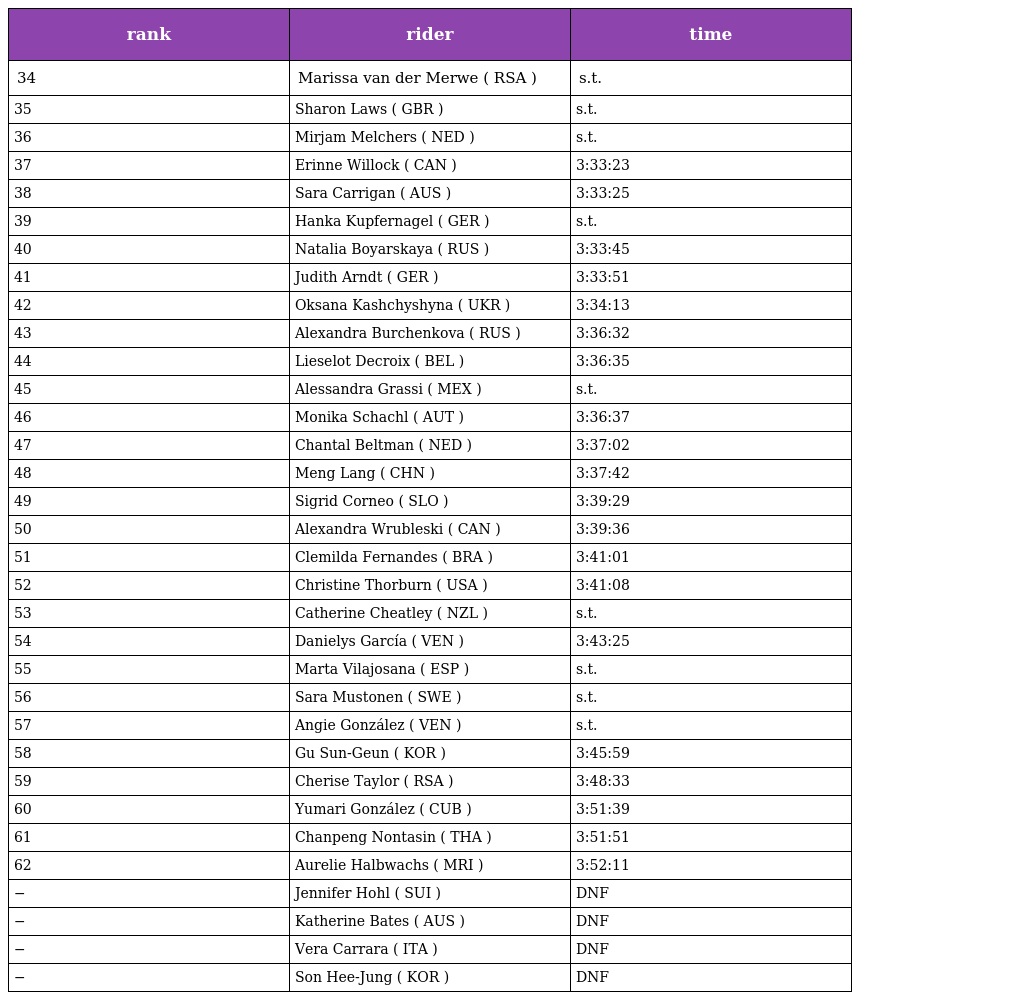
| rank | rider | time |
 | --- | --- | --- |
 | 34 | Marissa van der Merwe ( RSA ) | s.t. |
 | 35 | Sharon Laws ( GBR ) | s.t. |
 | 36 | Mirjam Melchers ( NED ) | s.t. |
 | 37 | Erinne Willock ( CAN ) | 3:33:23 |
 | 38 | Sara Carrigan ( AUS ) | 3:33:25 |
 | 39 | Hanka Kupfernagel ( GER ) | s.t. |
 | 40 | Natalia Boyarskaya ( RUS ) | 3:33:45 |
 | 41 | Judith Arndt ( GER ) | 3:33:51 |
 | 42 | Oksana Kashchyshyna ( UKR ) | 3:34:13 |
 | 43 | Alexandra Burchenkova ( RUS ) | 3:36:32 |
 | 44 | Lieselot Decroix ( BEL ) | 3:36:35 |
 | 45 | Alessandra Grassi ( MEX ) | s.t. |
 | 46 | Monika Schachl ( AUT ) | 3:36:37 |
 | 47 | Chantal Beltman ( NED ) | 3:37:02 |
 | 48 | Meng Lang ( CHN ) | 3:37:42 |
 | 49 | Sigrid Corneo ( SLO ) | 3:39:29 |
 | 50 | Alexandra Wrubleski ( CAN ) | 3:39:36 |
 | 51 | Clemilda Fernandes ( BRA ) | 3:41:01 |
 | 52 | Christine Thorburn ( USA ) | 3:41:08 |
 | 53 | Catherine Cheatley ( NZL ) | s.t. |
 | 54 | Danielys García ( VEN ) | 3:43:25 |
 | 55 | Marta Vilajosana ( ESP ) | s.t. |
 | 56 | Sara Mustonen ( SWE ) | s.t. |
 | 57 | Angie González ( VEN ) | s.t. |
 | 58 | Gu Sun-Geun ( KOR ) | 3:45:59 |
 | 59 | Cherise Taylor ( RSA ) | 3:48:33 |
 | 60 | Yumari González ( CUB ) | 3:51:39 |
 | 61 | Chanpeng Nontasin ( THA ) | 3:51:51 |
 | 62 | Aurelie Halbwachs ( MRI ) | 3:52:11 |
 | − | Jennifer Hohl ( SUI ) | DNF |
 | − | Katherine Bates ( AUS ) | DNF |
 | − | Vera Carrara ( ITA ) | DNF |
 | − | Son Hee-Jung ( KOR ) | DNF |